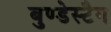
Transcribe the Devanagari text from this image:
बुण्डेस्टैग